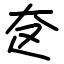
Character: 奁